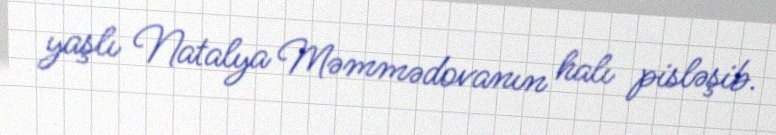
yaşlı Natalya Məmmədovanın halı pisləşib.